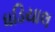
ધડિયાલ